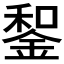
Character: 𨨑